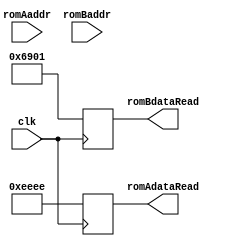
module romController (
  input clk,
  input [15:0] romAaddr,
  output reg [15:0] romAdataRead,
  input [15:0] romBaddr,
  output reg [15:0] romBdataRead
);
// now it is fake

always @ (negedge clk)
  romAdataRead = 16'hEEEE;

always @ (posedge clk)
  romBdataRead = 16'b0110100100000001;// LI R1 $1
  //romBdataRead = 16'b1110000101001101;// ADDU R1 R2 R3

endmodule